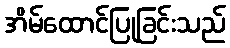
အိမ်ထောင်ပြုခြင်းသည်